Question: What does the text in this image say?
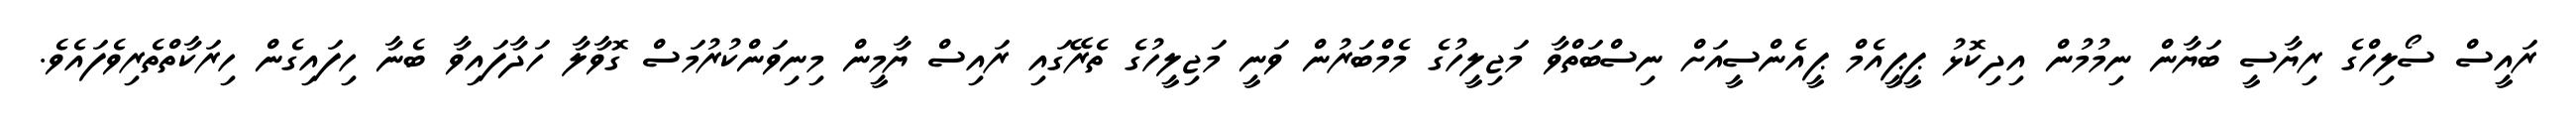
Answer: ރައީސް ސޯލިހްގެ ރިޔާސީ ބަޔާން ނިމުމުން އިދިކޮޅު ޕީޕީއެމް ޕީއެންސީއަށް ނިސްބަތްވާ މަޖިލީހުގެ މެމްބަރުން ވަނީ މަޖިލީހުގެ ތެރޭގައި ރައިސް ޔާމީން މިނިވަންކުރުމަސް ގޮވާލާ ހަދާފައިވާ ބެނާ ހިފައިގެން ހިރަކާތްތެރިވެފައެވެ.